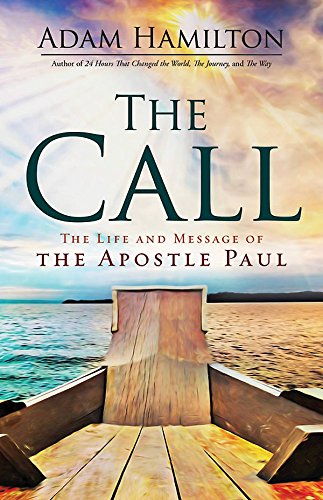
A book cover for The Call: The Life and Message of the Apostle Paul; Adam Hamilton; Christian Books & Bibles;